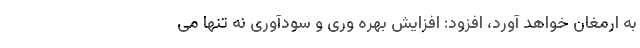
به ارمغان خواهد آورد، افزود: افزایش بهره وری و سودآوری نه تنها می